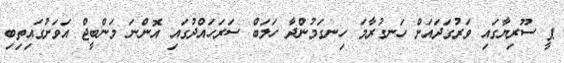
ޕީ ސޫރިޔާގައި ވަރުގަދައަށް ހަނގުރާމަ ހިނގަމުންދާ ހަލަބް ސަރަހައްދުގައި އޮންނަ މަންބީޖް އަވަށުގައިތިބި